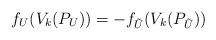
LaTeX: \begin{align*} f_U(V_k(P_U)) = - f_{\tilde{U}}(V_k(P_{\tilde{U}})) \end{align*}